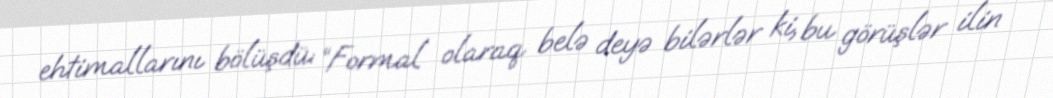
ehtimallarını bölüşdü: “Formal olaraq belə deyə bilərlər ki, bu görüşlər ilin